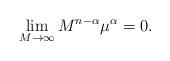
LaTeX: \begin{align*} \lim_{M \rightarrow \infty} M^{n-\alpha}\mu^\alpha = 0. \end{align*}